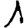
Digit: 1